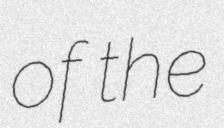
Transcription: of the